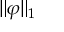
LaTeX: \| \varphi \| _ { 1 }